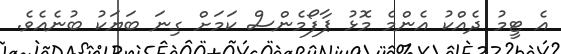
އެ ޓީމު ދެއްކު އެންމެ މޮޅު ޕާފޯމެންސް ކަމަށް ގިނަ ބަޔަކު ބުނެއެވެ.